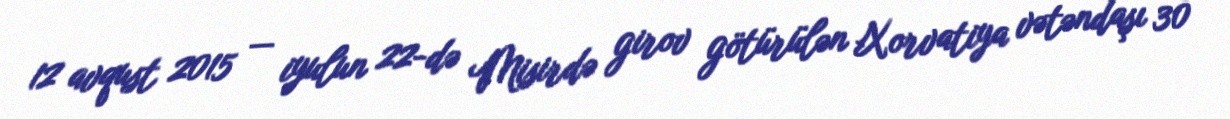
12 avqust 2015 — iyulun 22-də Misirdə girov götürülən Xorvatiya vətəndaşı 30